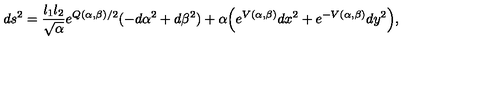
d s ^ { 2 } = { \frac { l _ { 1 } l _ { 2 } } { \sqrt { \alpha } } } e ^ { Q ( \alpha , \beta ) / 2 } ( - d \alpha ^ { 2 } + d \beta ^ { 2 } ) + \alpha { \left( e ^ { V ( \alpha , \beta ) } d x ^ { 2 } + e ^ { - V ( \alpha , \beta ) } d y ^ { 2 } \right) } ,